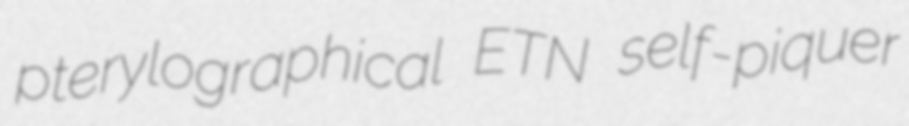
pterylographical ETN self-piquer